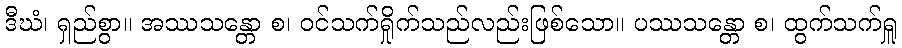
ဒီဃံ၊ ရှည်စွာ။ အဿသန္တော စ၊ ဝင်သက်ရှိုက်သည်လည်းဖြစ်သော။ ပဿသန္တော စ၊ ထွက်သက်ရှူ